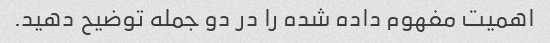
اهمیت مفهوم داده شده را در دو جمله توضیح دهید.